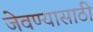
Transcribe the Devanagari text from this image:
जेवण्यासाठी